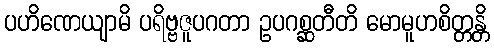
ပဟိဏေယျာမိ ပရိဗ္ဗဇူပဂတာ ဥပဂစ္ဆတီတိ မောမူဟစိတ္တန္တိ